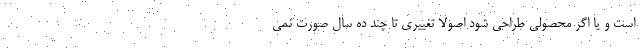
است و یا اگر محصولی طراحی شود اصولا تغییری تا چند ده سال صورت نمی